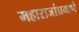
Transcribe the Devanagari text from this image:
महाराजांप्रमाणे